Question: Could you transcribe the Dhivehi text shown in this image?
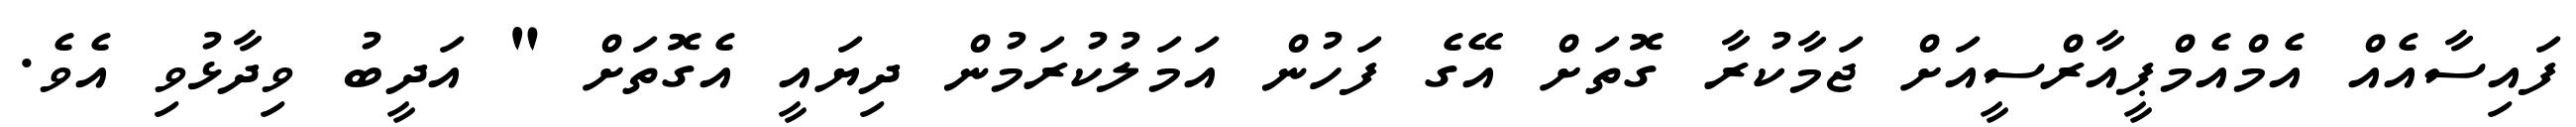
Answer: ފައިސާއެއް އެމްއެމްޕީއާރްސީއަށް ޖަމާކުރާ ގޮތަށް އޭގެ ފަހުން އަމަލުކުރަމުން ދިޔައީ އެގޮތަށް " އަދީބު ވިދާޅުވި އެވެ.